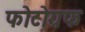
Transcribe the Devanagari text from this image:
फोटोग्रफ